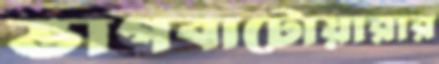
ভাগবাটোয়ারার